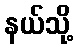
နယ်သို့